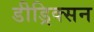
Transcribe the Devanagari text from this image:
डीड्रिक्सन